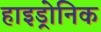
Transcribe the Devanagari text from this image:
हाइड्रोनिक